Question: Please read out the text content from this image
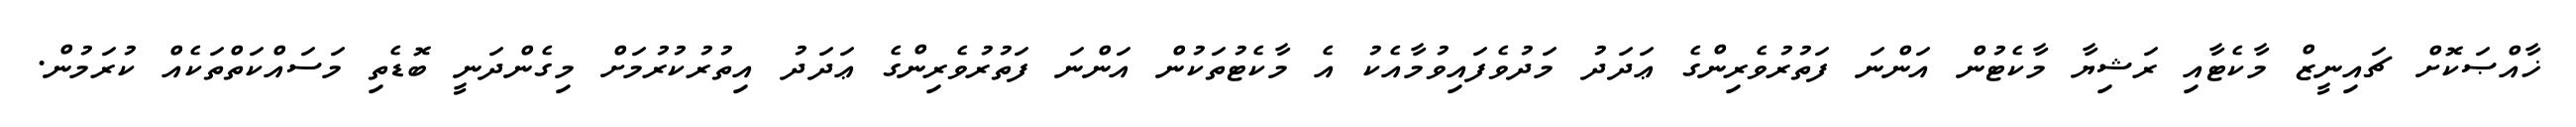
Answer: ޚާއްޞަކޮށް ޗައިނީޒް މާކެޓާއި ރަޝިޔާ މާކެޓުން އަންނަ ފަތުރުވެރިންގެ ޢަދަދު މަދުވެފައިވުމާއެކު އެ މާކެޓުތަކުން އަންނަ ފަތުރުވެރިންގެ ޢަދަދު އިތުރުކުރުމަށް މިގެންދަނީ ބޮޑެތި މަސައްކަތްތަކެއް ކުރަމުން.